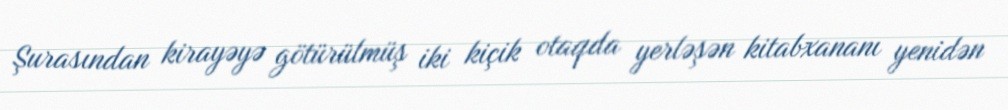
Şurasından kirayəyə götürülmüş iki kiçik otaqda yerləşən kitabxananı yenidən